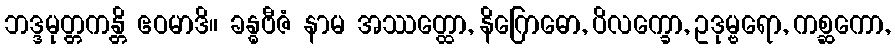
ဘဒ္ဒမုတ္တကန္တိ ဧဝမာဒိ။ ခန္ဓဗီဇံ နာမ အဿတ္ထော, နိဂြောဓော, ပိလက္ခော, ဥဒုမ္ဗရော, ကစ္ဆကော,